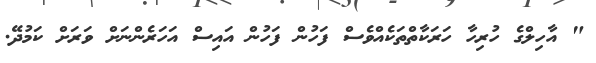
" އާހިލްގެ ހުރިހާ ހަރަކާތްތަކެއްވެސް ފަހުން ފަހުން އައިސް އަހަރެންނަށް ވަރަށް ކަމުދޭ.